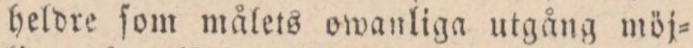
heldre ſom målets owanliga utgång möj=